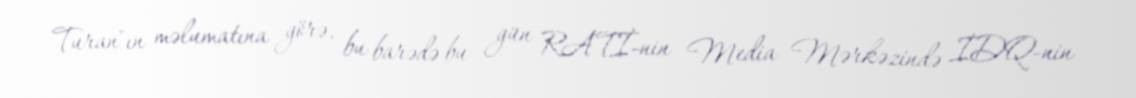
Turan"ın məlumatına görə, bu barədə bu gün RATİ-nin Media Mərkəzində İDQ-nin